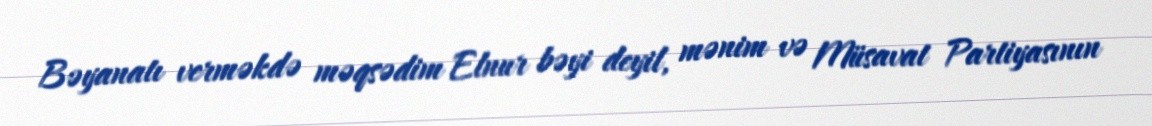
Bəyanatı verməkdə məqsədim Elnur bəyi deyil, mənim və Müsavat Partiyasının